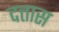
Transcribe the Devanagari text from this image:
दत्तास